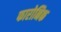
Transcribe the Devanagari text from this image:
फारोनिक